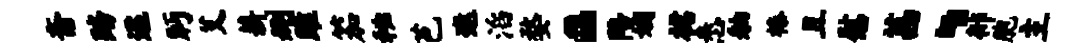
斋踏逐眄艾薪删雎笳秘芭遨滔婺a陪姻裙悉舳榛且慰茜、徘胞主